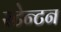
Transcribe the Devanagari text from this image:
स्टेन्टन